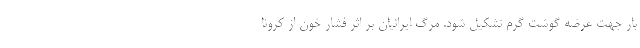
بار جهت عرضه گوشت گرم تشکیل شود. مرگ ایرانیان بر اثر فشار خون از کرونا